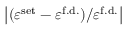
\left| ( \varepsilon ^ { \mathrm { s e t } } - \varepsilon ^ { \mathrm { f . d . } } ) / \varepsilon ^ { \mathrm { f . d . } } \right|